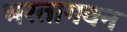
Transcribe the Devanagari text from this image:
भरतागवन